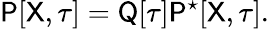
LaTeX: \mathsf{P}[\mathsf{X},\mathsf{\tau}]=\mathsf{Q}[\tau]\mathsf{P}^{\star}[\mathsf{X},\mathsf{\tau}].